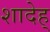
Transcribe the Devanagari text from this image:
शादेह्